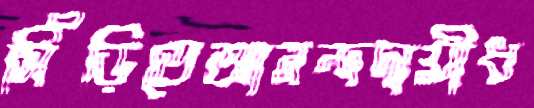
সিঁড়িতেআনন্দদায়ীধ